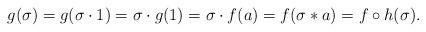
LaTeX: \begin{align*} g(\sigma) = g(\sigma\cdot1) = \sigma\cdot g(1) = \sigma\cdot f(a) = f(\sigma\ast a) = f \circ h(\sigma).\end{align*}